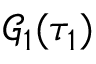
\mathcal { G } _ { 1 } ( \tau _ { 1 } )